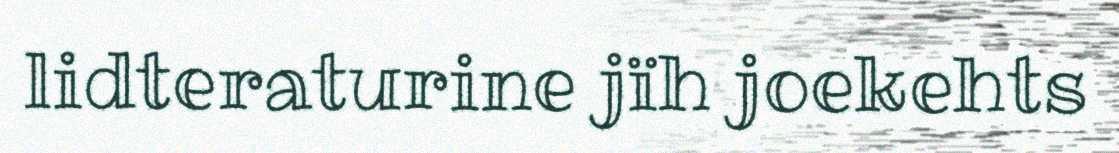
lidteraturine jïh joekehts